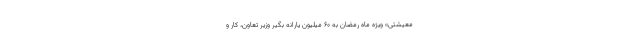
معیشتی» ویژه ماه رمضان به ۶۰ میلیون یارانه‌ بگیر وزیر تعاون، کار و